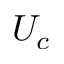
U _ { c }